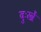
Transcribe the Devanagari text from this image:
दुःखें